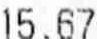
15.67